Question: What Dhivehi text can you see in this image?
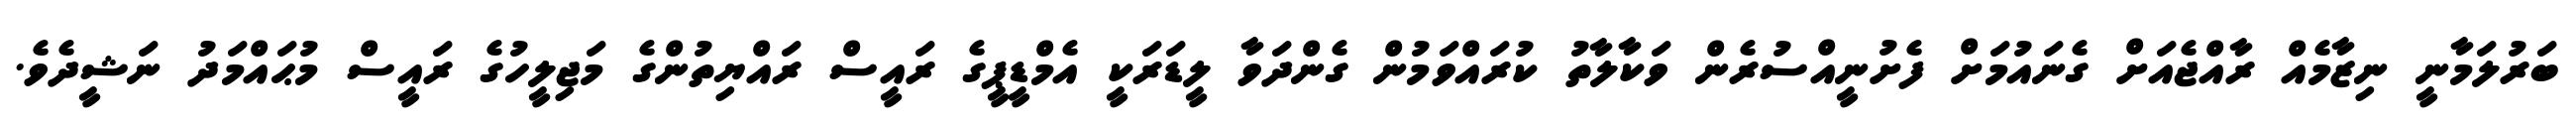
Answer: ބަރުލަމާނީ ނިޒާމެއް ރާއްޖެއަށް ގެނައުމަށް ފެށުނީއްސުރެން ވަކާލާތު ކުރައްވަމުން ގެންދަވާ ލީޑަރަކީ އެމްޑީޕީގެ ރައީސް ރައްޔިތުންގެ މަޖިލީހުގެ ރައީސް މުޙައްމަދު ނަޝީދެވެ.